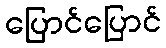
ပြောင်ပြောင်